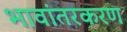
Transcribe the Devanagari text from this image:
भावांतरकरण